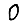
Digit: 0